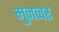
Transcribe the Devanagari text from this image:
मुनव्‍वर